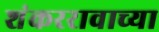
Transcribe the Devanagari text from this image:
शंकररावाच्या